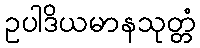
ဥပါဒိယမာနသုတ္တံ